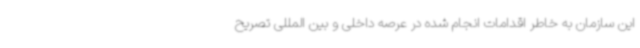
این سازمان به خاطر اقدامات انجام شده در عرصه داخلی و بین المللی تصریح